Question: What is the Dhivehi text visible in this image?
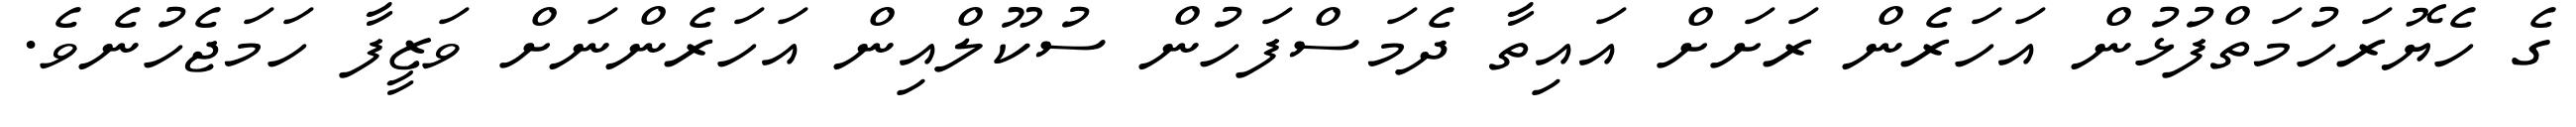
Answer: ގެ ހެޔޮރަހުމަތްފުޅުން އަހަރެން ރަށަށް އައިތާ ދެމަސްފަހުން ސުކޫލްއިން އަހަރެންނަށް ވަޒީފާ ހަމަޖެހުނެވެ.